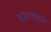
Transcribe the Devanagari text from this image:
वहलाहोर